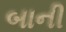
બાની